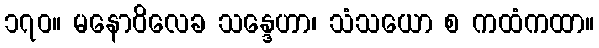
၁၇၀။ မနောဝိလေခ သန္ဒေဟာ၊ သံသယော စ ကထံကထာ။